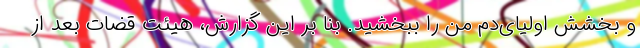
و بخشش اولیای‌دم من را ببخشید. بنا بر این گزارش، هیئت قضات بعد از